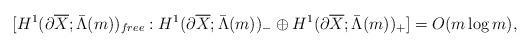
LaTeX: \begin{align*}[H^1(\partial\overline{X};\bar{\Lambda}(m))_{free}:H^1(\partial\overline{X};\bar{\Lambda}(m))_-\oplus H^1(\partial\overline{X};\bar{\Lambda}(m))_+]= O(m\log m),\end{align*}